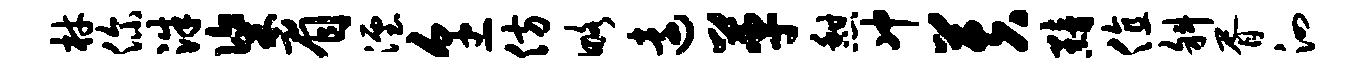
材你洙粢眉湮烹仿略远革憩冲芙黯值斜胥泗